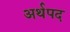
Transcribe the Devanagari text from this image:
अर्थपद